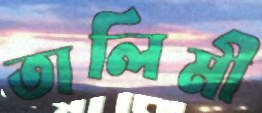
তালিমী